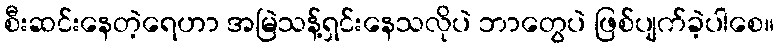
စီးဆင်းနေတဲ့ရေဟာ အမြဲသန့်ရှင်းနေသလိုပဲ ဘာတွေပဲ ဖြစ်ပျက်ခဲ့ပါစေ။